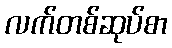
လက်တစ်ဆုပ်စာ